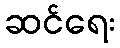
ဆင်ရေး